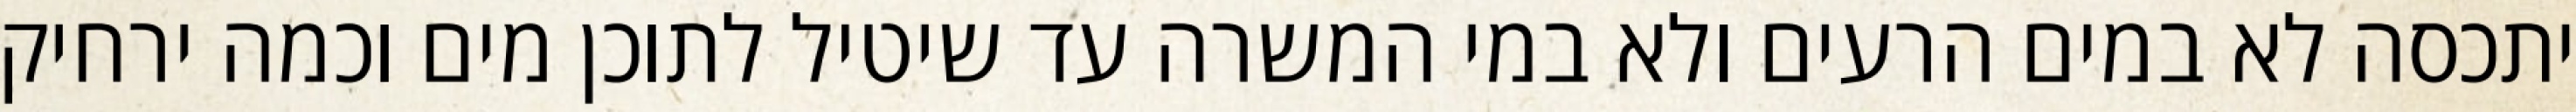
יתכסה לא במים הרעים ולא במי המשרה עד שיטיל לתוכן מים וכמה ירחיק